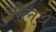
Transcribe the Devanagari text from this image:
ओलथे